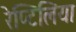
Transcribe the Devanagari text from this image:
रेप्टिलिया